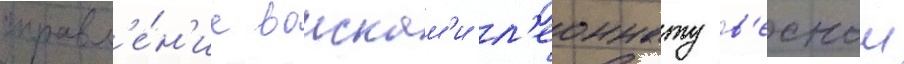
управл'е́н'ие воискам'и л'еоннату в'еснои